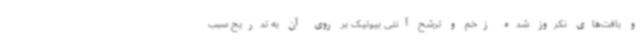
و بافت‌های نکروز شده زخم و ترشح آنتی بیوتیک بر روی آن به ‌تدریج سبب